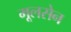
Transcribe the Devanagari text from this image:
मूलसेन